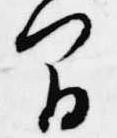
間